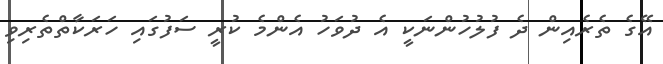
އޭގެ ތެރެއިން ދެ ފުލުހުންނަކީ އެ ދުވަހު އެންމެ ކުރީ ސަފުގައި ހަރަކާތްތެރިވި